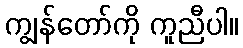
ကျွန်တော်ကို ကူညီပါ။